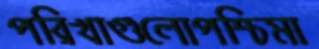
পরিখাগুলোপশ্চিমা